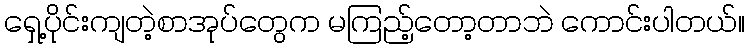
ရှေ့ပိုင်းကျတဲ့စာအုပ်တွေက မကြည့်တော့တာဘဲ ကောင်းပါတယ်။